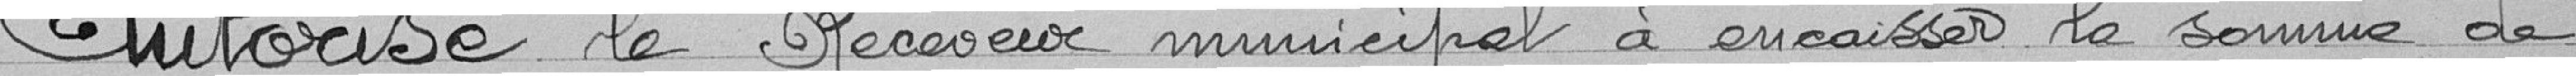
Autorise le Receveur municipal à encaisser la somme de